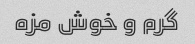
گرم و خوش مزه